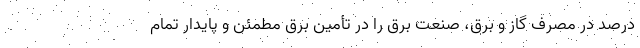
درصد در مصرف گاز و برق، صنعت برق را در تأمین برق مطمئن و پایدارِ تمام